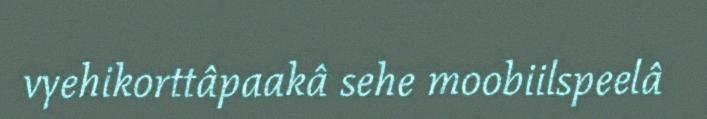
vyehikorttâpaakâ sehe moobiilspeelâ